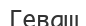
Геваш